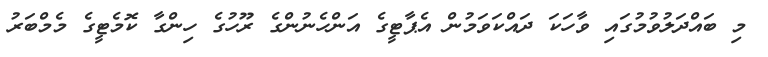
މި ބައްދަލުވުމުގައި ވާހަކަ ދައްކަވަމުން އެޕާޓީގެ އަންހެނުންގެ ރޫހުގެ ހިންގާ ކޮމެޓީގެ މެމްބަރު